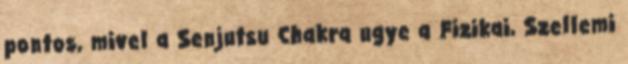
pontos, mivel a Senjutsu Chakra ugye a Fizikai, Szellemi